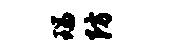
瑞防